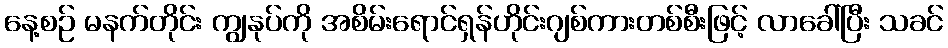
နေ့စဉ် မနက်တိုင်း ကျွနုပ်ကို အစိမ်းရောင်ရှန်ဟိုင်းဂျစ်ကားတစ်စီးဖြင့် လာခေါ်ပြီး သခင်